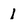
Character: 1